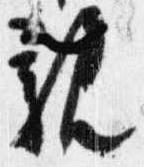
親